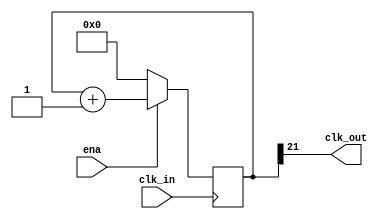
module prescaler(input wire clk_in,
                 input wire ena,
                 output wire clk_out);
parameter N = 22;
reg [N-1:0] count = 0;
assign clk_out = count[N-1];
always @(posedge(clk_in)) begin
  if (!ena)
    count <= 0;
  else
    count <= count + 1;
end
endmodule